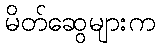
မိတ်ဆွေများက